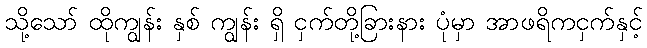
သို့သော် ထိုကျွန်း နှစ် ကျွန်း ရှိ ငှက်တို့ခြားနား ပုံမှာ အာဖရိကငှက်နှင့်